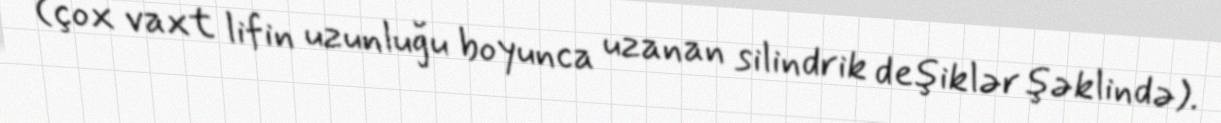
(çox vaxt lifin uzunluğu boyunca uzanan silindrik deşiklər şəklində).